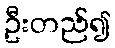
ဦးတည်၍